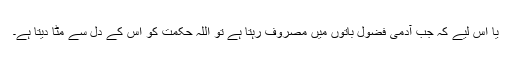
یا اس لیے کہ جب آدمی فضول باتوں میں مصروف رہتا ہے تو اللہ حکمت کو اس کے دل سے مٹا دیتا ہے۔